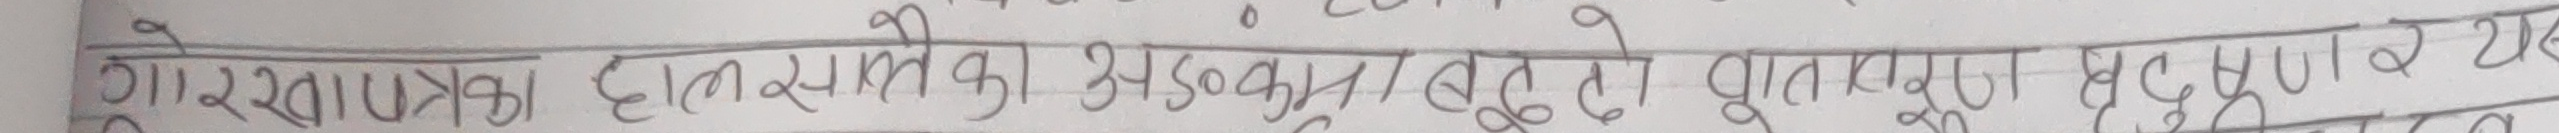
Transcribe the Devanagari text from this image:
गोरखाका हालसलेका भुसको भुभाव तो भूनारा क्षयब न